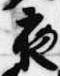
夜